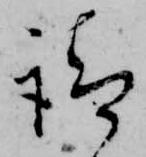
請